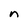
Character: n